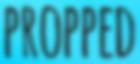
PROPPED